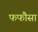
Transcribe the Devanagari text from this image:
फफौसा